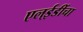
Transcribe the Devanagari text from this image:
एल्‌ईडींचा